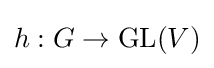
h:G\to \operatorname {GL} (V)